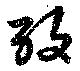
攷